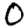
Digit: 0